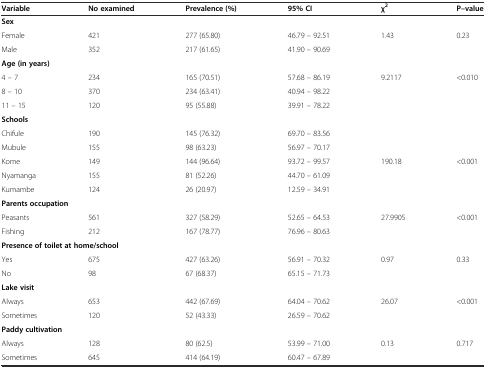
<table><thead><tr><td><b>Variable</b></td><td><b>No examined</b></td><td><b>Prevalence (%)</b></td><td><b>95% CI</b></td><td><b>χ<sup>2</sup></b></td><td><b>P–value</b></td></tr></thead><tbody><tr><td colspan="6"><b>Sex</b></td></tr><tr><td>Female</td><td>421</td><td>277 (65.80)</td><td>46.79 – 92.51</td><td rowspan="2">1.43</td><td rowspan="2">0.23</td></tr><tr><td>Male</td><td>352</td><td>217 (61.65)</td><td>41.90 – 90.69</td></tr><tr><td colspan="6"><b>Age (in years)</b></td></tr><tr><td>4 – 7</td><td>234</td><td>165 (70.51)</td><td>57.68 – 86.19</td><td rowspan="3">9.2117</td><td rowspan="3">&lt;0.010</td></tr><tr><td>8 – 10</td><td>370</td><td>234 (63.41)</td><td>40.94 – 98.22</td></tr><tr><td>11 – 15</td><td>120</td><td>95 (55.88)</td><td>39.91 – 78.22</td></tr><tr><td colspan="6"><b>Schools</b></td></tr><tr><td>Chifule</td><td>190</td><td>145 (76.32)</td><td>69.70 – 83.56</td><td></td><td></td></tr><tr><td>Mubule</td><td>155</td><td>98 (63.23)</td><td>56.97 – 70.17</td><td></td><td></td></tr><tr><td>Kome</td><td>149</td><td>144 (96.64)</td><td>93.72 – 99.57</td><td>190.18</td><td>&lt;0.001</td></tr><tr><td>Nyamanga</td><td>155</td><td>81 (52.26)</td><td>44.70 – 61.09</td><td></td><td></td></tr><tr><td>Kumambe</td><td>124</td><td>26 (20.97)</td><td>12.59 – 34.91</td><td></td><td></td></tr><tr><td colspan="6"><b>Parents occupation</b></td></tr><tr><td>Peasants</td><td>561</td><td>327 (58.29)</td><td>52.65 – 64.53</td><td rowspan="2">27.9905</td><td rowspan="2">&lt;0.001</td></tr><tr><td>Fishing</td><td>212</td><td>167 (78.77)</td><td>76.96 – 80.63</td></tr><tr><td colspan="6"><b>Presence of toilet at home/school</b></td></tr><tr><td>Yes</td><td>675</td><td>427 (63.26)</td><td>56.91 – 70.32</td><td rowspan="2">0.97</td><td rowspan="2">0.33</td></tr><tr><td>No</td><td>98</td><td>67 (68.37)</td><td>65.15 – 71.73</td></tr><tr><td colspan="6"><b>Lake visit</b></td></tr><tr><td>Always</td><td>653</td><td>442 (67.69)</td><td>64.04 – 70.62</td><td rowspan="2">26.07</td><td rowspan="2">&lt;0.001</td></tr><tr><td>Sometimes</td><td>120</td><td>52 (43.33)</td><td>26.59 – 70.62</td></tr><tr><td colspan="6"><b>Paddy cultivation</b></td></tr><tr><td>Always</td><td>128</td><td>80 (62.5)</td><td>53.99 – 71.00</td><td rowspan="2">0.13</td><td rowspan="2">0.717</td></tr><tr><td>Sometimes</td><td>645</td><td>414 (64.19)</td><td>60.47 – 67.89</td></tr></tbody></table>